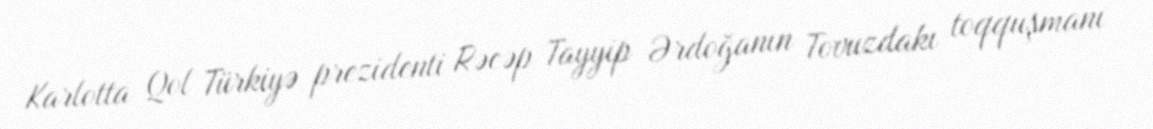
Karlotta Qol Türkiyə prezidenti Rəcəp Tayyip Ərdoğanın Tovuzdakı toqquşmanı